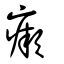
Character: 瘚